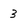
Character: 3